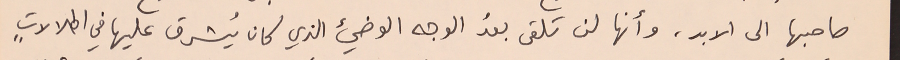
صاحبها الى الابد، وأنها لن تلقى بعدُ الوجه الوضيء الذي كان يُشرق عليها في اطلالاتٍ